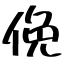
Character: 俛